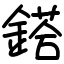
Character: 鎝